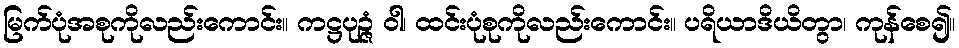
မြက်ပုံအစုကိုလည်းကောင်း။ ကဋ္ဌပုဉ္ဇံ ဝါ၊ ထင်းပုံစုကိုလည်းကောင်း။ ပရိယာဒိယိတွာ၊ ကုန်စေ၍။